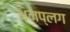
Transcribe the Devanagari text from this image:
अनप्लग